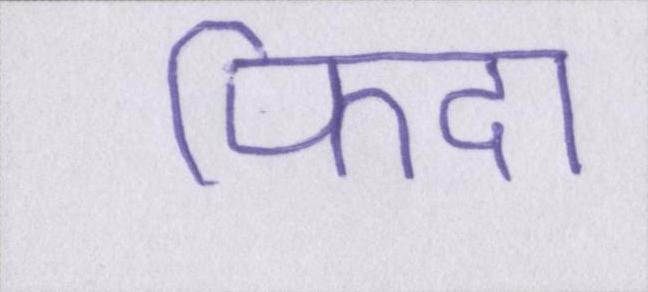
फिदा